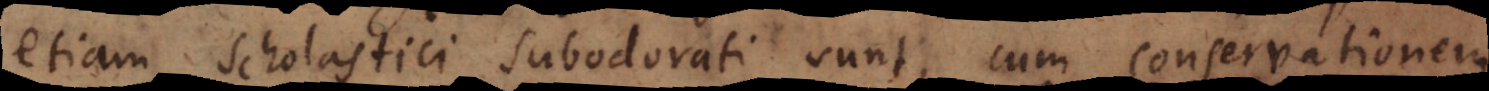
etiam Scholastici subodorati sunt, cum conservationem